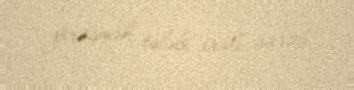
görüşmək tələbi irəli sürüb.